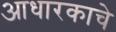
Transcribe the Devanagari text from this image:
आधारकाचे